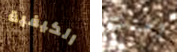
الكيفية اعتنيت